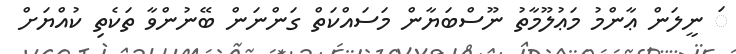
ަ ނީލަން ޢާންމު މަޢުލޫމާތު ނޫސްބަޔާން މަސައްކަތް ގަންނަން ބޭނުންވާ ތަކެތި ކުއްޔަށް